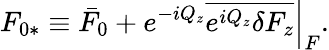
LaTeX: F_{0*}\equiv\bar{F}_{0}+e^{-iQ_{z}}\left.\overline{{e^{iQ_{z}}\delta F_{z}}}\right|_{F}.